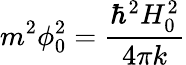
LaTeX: m^{2}\phi_{0}^{2}=\frac{\hbar^{2}H_{0}^{2}}{4\pi k}